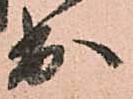
出